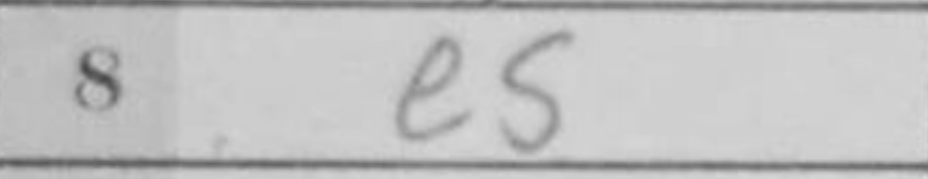
Transcription: e5